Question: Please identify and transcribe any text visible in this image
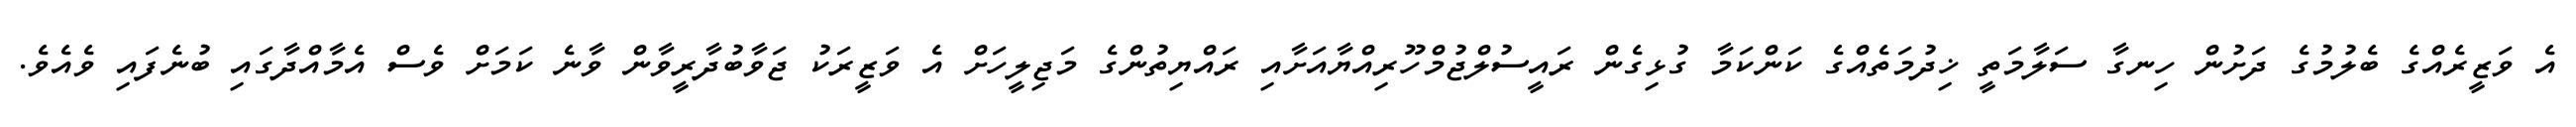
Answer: އެ ވަޒީރެއްގެ ބެލުމުގެ ދަށުން ހިނގާ ސަލާމަތީ ޚިދުމަތެއްގެ ކަންކަމާ ގުޅިގެން ރައީސުލްޖުމްހޫރިއްޔާއަށާއި ރައްޔިތުންގެ މަޖިލީހަށް އެ ވަޒީރަކު ޖަވާބުދާރީވާން ވާނެ ކަމަށް ވެސް އެމާއްދާގައި ބުނެފައި ވެއެވެ.